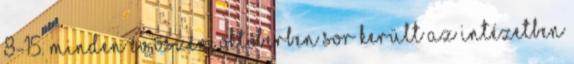
8-15. Minden év őszén, októberben sor került az intézetben